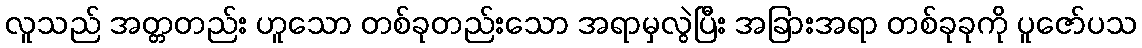
လူသည် အတ္တတည်း ဟူသော တစ်ခုတည်းသော အရာမှလွဲပြီး အခြားအရာ တစ်ခုခုကို ပူဇော်ပသ